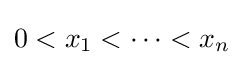
0<x_{1}<\cdots <x_{n}